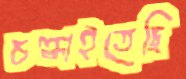
চল্‌কাইতেছি